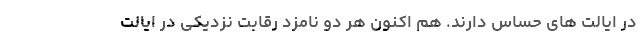
در ایالت های حساس دارند. هم اکنون هر دو نامزد رقابت نزدیکی در ایالت